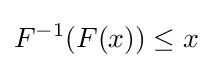
F^{-1}(F(x))\leq x